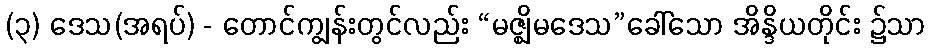
(၃) ဒေသ(အရပ်) - တောင်ကျွန်းတွင်လည်း “မဇ္ဈိမဒေသ”ခေါ်သော အိန္ဒိယတိုင်း ၌သာ